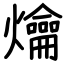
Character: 爚